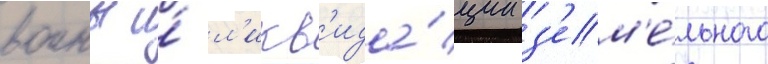
воины и́ л'икв'ида́ции з'ем'е́льного